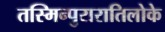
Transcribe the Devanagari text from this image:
तस्मिन्पुरारातिलोके